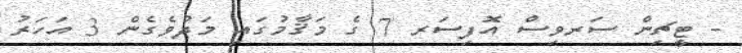
- ޓީޗިން ސަރވިސް އޮފިސަރ 7 ގެ މަޤާމުގައި މަދުވެގެން 3 އަހަރު